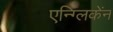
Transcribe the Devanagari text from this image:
एन्ग्लिकेंन